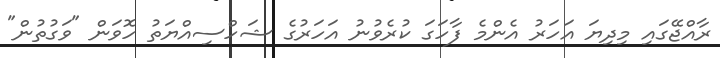
ރާއްޖޭގައި މިދިޔަ އަހަރު އެންމެ ފާހަގަ ކުރެވުނު އަހަރުގެ ޝަހްސިއްޔަތު ހޮވަން "ވަގުތުން"